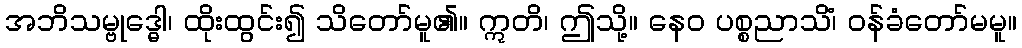
အဘိသမ္ဗုဒ္ဓေါ၊ ထိုးထွင်း၍ သိတော်မူ၏။ ဣတိ၊ ဤသို့။ နေဝ ပစ္စညာသိံ၊ ဝန်ခံတော်မမူ။